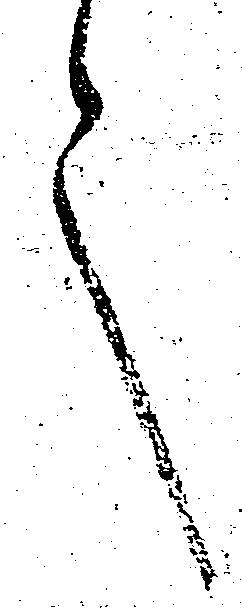
言